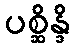
ပစ္ဆိန္ဒိ